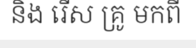
និង រើស គ្រូ មកពី